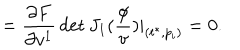
LaTeX: = \frac { \partial F } { \partial v ^ { 1 } } \det J _ { 1 } ( \frac \phi v ) | _ { ( t ^ { * } , p _ { i } ) } = 0 .